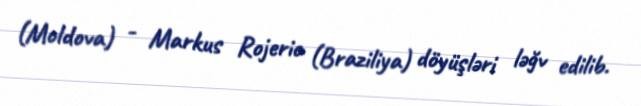
(Moldova) - Markus Rojerio (Braziliya) döyüşləri ləğv edilib.